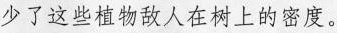
少了这些植物敌人在树上的密度。